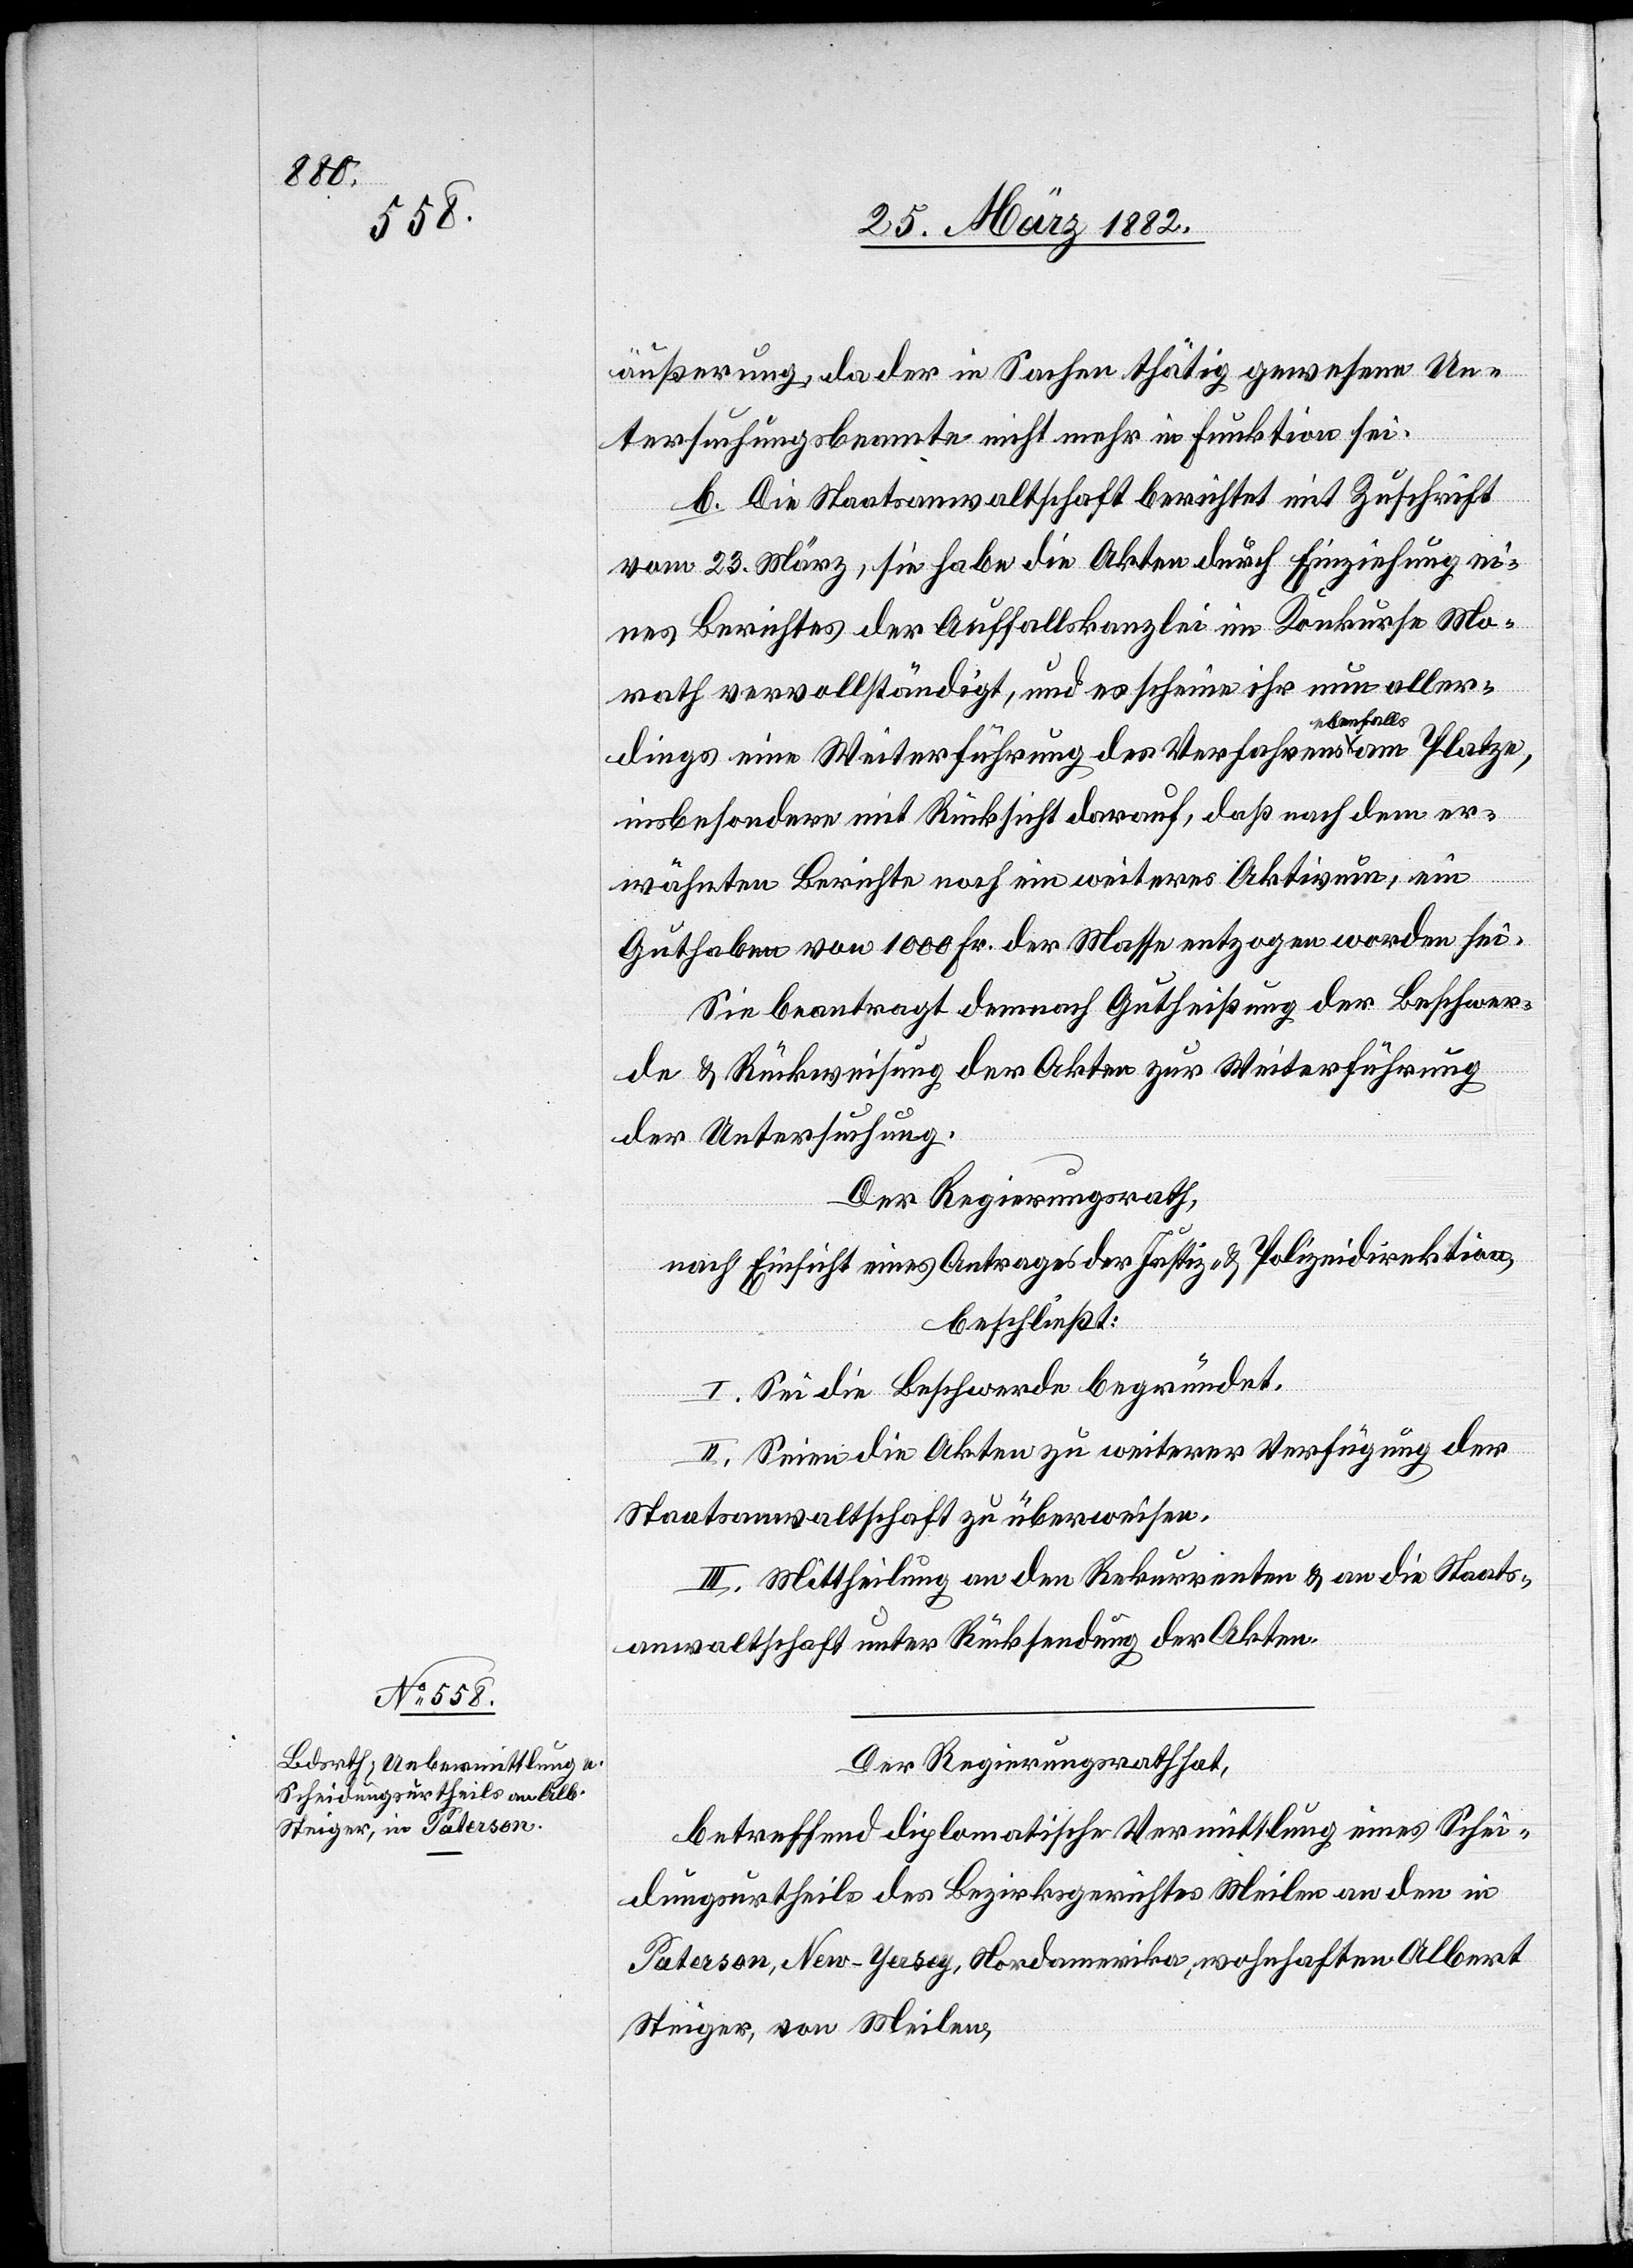
äußerung, da der in Sachen thätig gewesene Un¬
tersuchungsbeamte nicht mehr in Funktion sei.
b. Die Staatsanwaltschaft berichtet mit Zuschrift
vom 23. März, sie habe die Akten durch Einziehung ei¬
nes Berichtes der Auffallskanzlei im Konkurse Mo¬
rath vervollständigt, und es scheine ihr nun aller¬
dings eine Weiterführung des Verfahrens a-ebenfalls-a
insbesondere mit Rücksicht darauf, daß nach dem er¬
wähnten Berichte noch ein weiteres Aktivum, ein
Guthaben von 1000 Fr. der Masse entzogen worden sei.
Sie beantragt demnach Gutheißung der Beschwer¬
de & Rückweisung der Akten zur Weiterführung
der Untersuchung.
Der Regierungsrath,
nach Einsicht eines Antrages der Justiz- & Polizeidirektion,
beschließt:
I. Sei die Beschwerde begründet.
II. Seien die Akten zu weiterer Verfügung der
Staatsanwaltschaft zu überweisen.
III. Mittheilung an den Rekurrenten & an die Staats¬
anwaltschaft unter Rücksendung der Akten.
Der Regierungsrath hat,
betreffend diplomatische Vermittlung eines Schei¬
dungsurtheils des Bezirksgerichtes Meilen an den in
Paterson, New-Yersey, Nordamerika, wohnhaften Albert
Steiger, von Meilen,